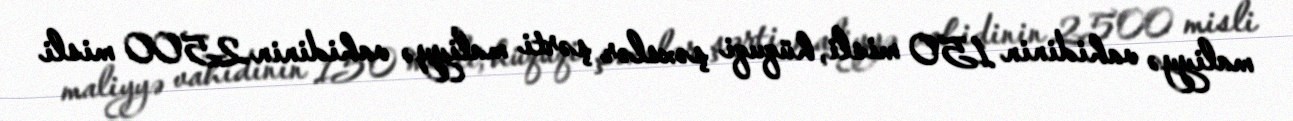
maliyyə vahidinin 150 misli, hüquqi şəxslər şərti maliyyə vahidinin 2500 misli